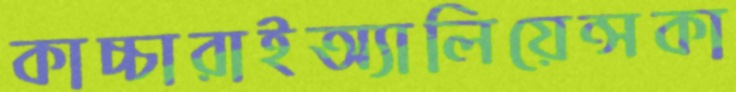
কাচ্চারাইঅ্যালিয়েন্সকা